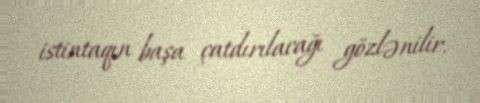
istintaqın başa çatdırılacağı gözlənilir.